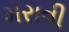
મરાવી